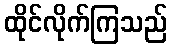
ထိုင်လိုက်ကြသည်